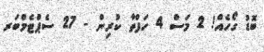
ބޮޑު ގޯހެއް! 2 މަސް 4 ހަފްތާ ކުރިން - 27 ސެޕްޓެމްބަރ